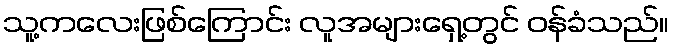
သူ့ကလေးဖြစ်ကြောင်း လူအများရှေ့တွင် ဝန်ခံသည်။